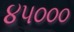
૪૫૦૦૦